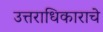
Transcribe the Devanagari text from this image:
उत्तराधिकाराचे